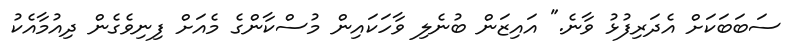
ސަބަބަކަށް އެދަރިފުޅު ވާނެ." އައިޒަން ބުނެލި ވާހަކައިން މުސްކާންގެ މެއަށް ފިނިވެގެން ދިއުމާއެކު